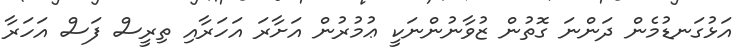
އަޅުގަނޑުމެން ދަންނަ ގޮތުން ޒުވާނުންނަކީ ޢުމުރުން އަށާރަ އަހަރާއި ތިރީސް ފަސް އަހަރާ